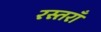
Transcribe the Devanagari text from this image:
रस्तराँ